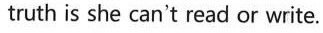
truth is she can't read or write.